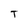
Character: T